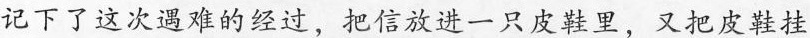
记下了这次遇难的经过，把信放进一只皮鞋里，又把皮鞋挂